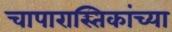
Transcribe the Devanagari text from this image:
चापारास्तिकांच्या